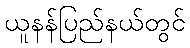
ယူနန်ပြည်နယ်တွင်